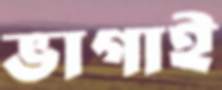
ভাগাই